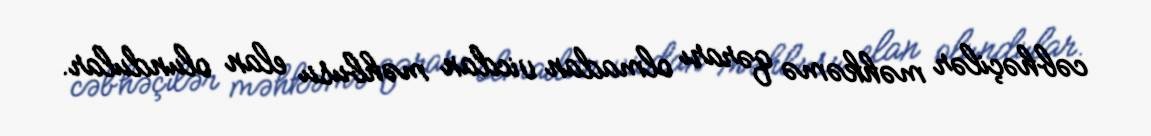
cəbhəçilər məhkəmə qərarı olmadan vicdan məhbusu elan olundular.